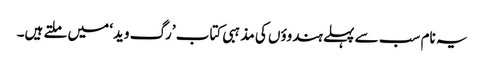
یہ نام سب سے پہلے ہندوؤں کی مذہبی کتاب ’رگ وید‘ میں ملتے ہیں۔